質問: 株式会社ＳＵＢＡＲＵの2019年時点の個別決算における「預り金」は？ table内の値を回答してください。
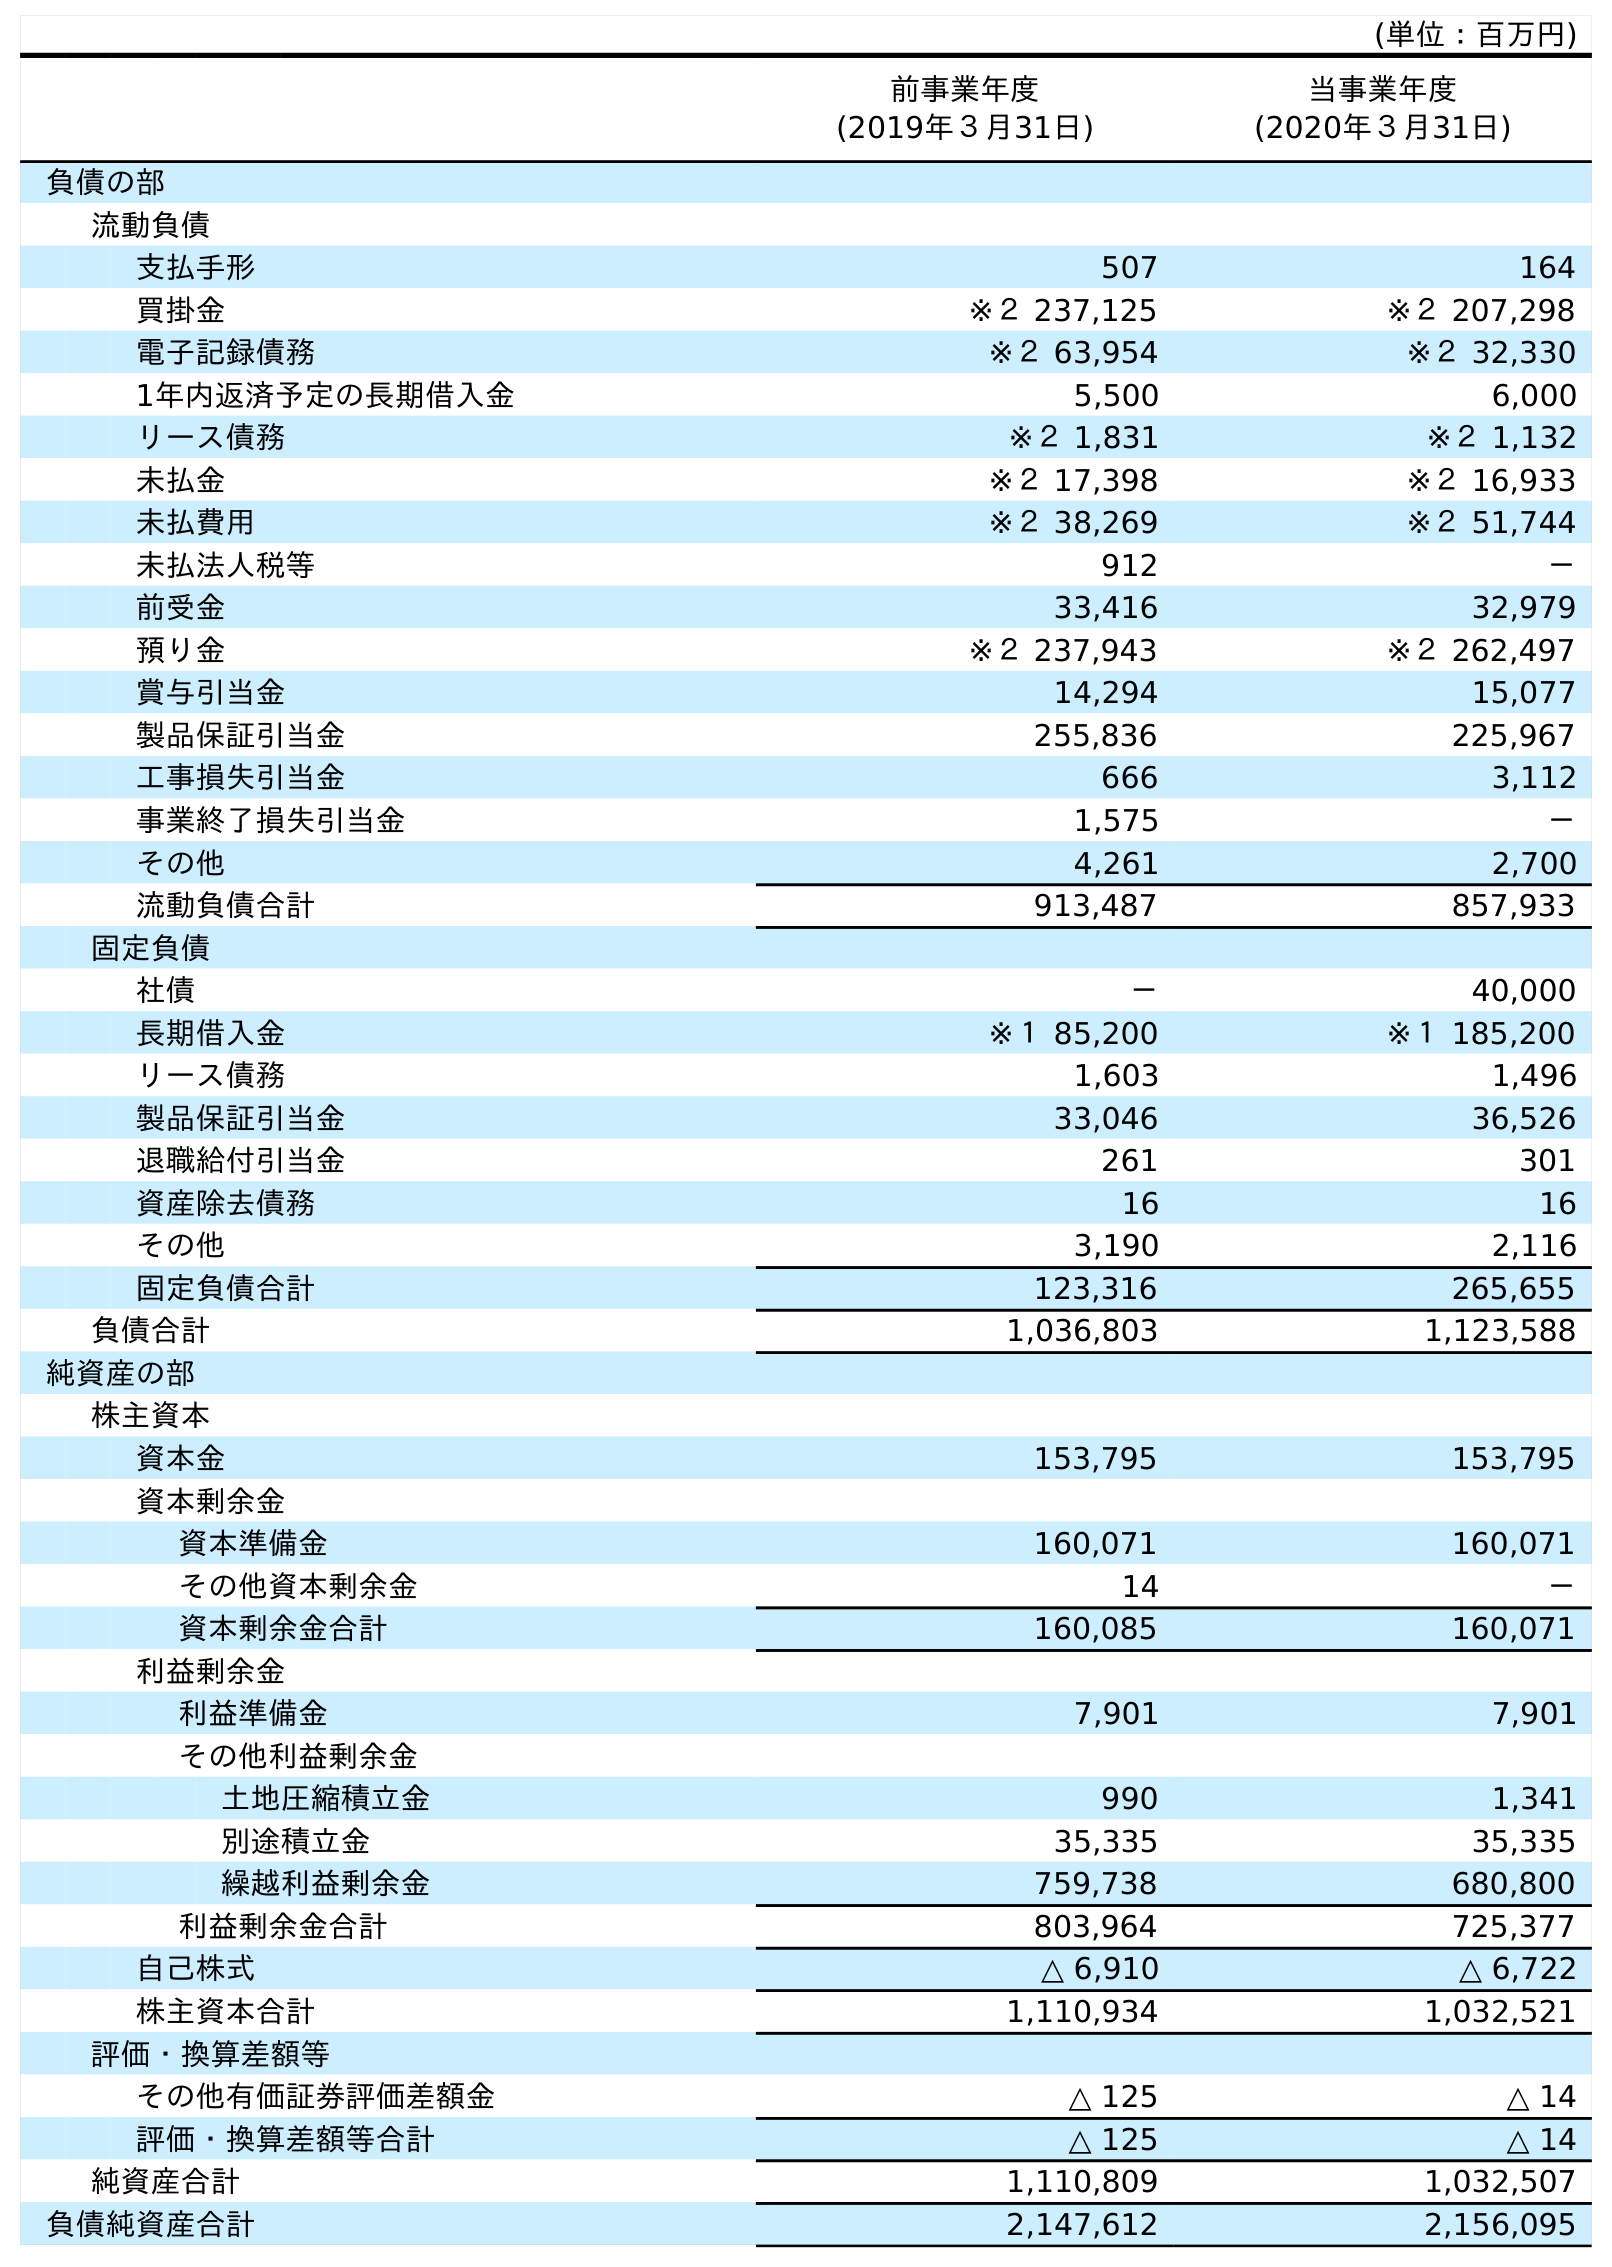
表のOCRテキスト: (単位：百万円) 前事業年度 (2019年３月31日) 当事業年度 (2020年３月31日) 負債の部 流動負債 支払手形 507 164 買掛金 ※２ 237,125 ※２ 207,298 電子記録債務 ※２ 63,954 ※２ 32,330 1年内返済予定の長期借入金 5,500 6,000 リース債務 ※２ 1,831 ※２ 1,132 未払金 ※２ 17,398 ※２ 16,933 未払費用 ※２ 38,269 ※２ 51,744 未払法人税等 912 － 前受金 33,416 32,979 預り金 ※２ 237,943 ※２ 262,497 賞与引当金 14,294 15,077 製品保証引当金 255,836 225,967 工事損失引当金 666 3,112 事業終了損失引当金 1,575 － その他 4,261 2,700 流動負債合計 913,487 857,933 固定負債 社債 － 40,000 長期借入金 ※１ 85,200 ※１ 185,200 リース債務 1,603 1,496 製品保証引当金 33,046 36,526 退職給付引当金 261 301 資産除去債務 16 16 その他 3,190 2,116 固定負債合計 123,316 265,655 負債合計 1,036,803 1,123,588 純資産の部 株主資本 資本金 153,795 153,795 資本剰余金 資本準備金 160,071 160,071 その他資本剰余金 14 － 資本剰余金合計 160,085 160,071 利益剰余金 利益準備金 7,901 7,901 その他利益剰余金 土地圧縮積立金 990 1,341 別途積立金 35,335 35,335 繰越利益剰余金 759,738 680,800 利益剰余金合計 803,964 725,377 自己株式 △ 6,910 △ 6,722 株主資本合計 1,110,934 1,032,521 評価・換算差額等 その他有価証券評価差額金 △ 125 △ 14 評価・換算差額等合計 △ 125 △ 14 純資産合計 1,110,809 1,032,507 負債純資産合計 2,147,612 2,156,095
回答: ※２237,943